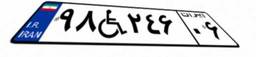
۹۸W۲۴۶۰۶